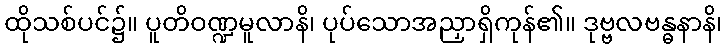
ထိုသစ်ပင်၌။ ပူတိဝဏ္ဍမူလာနိ၊ ပုပ်သောအညှာရှိကုန်၏။ ဒုဗ္ဗလဗန္ဓနာနိ၊